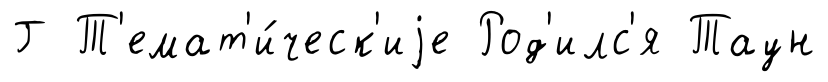
Г Т'емат'и́ческ'иjе Род'илс'я Таун